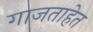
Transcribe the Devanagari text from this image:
गाजताहेत